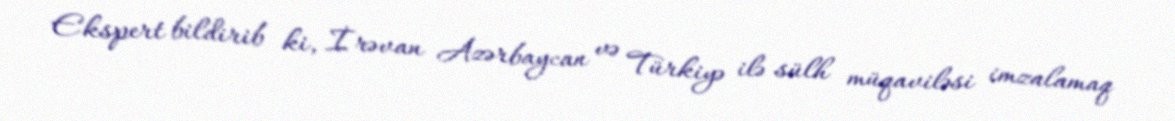
Ekspert bildirib ki, İrəvan Azərbaycan və Türkiyə ilə sülh müqaviləsi imzalamaq